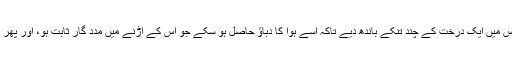
بس یہ دیکھ کر اس نے ایک کاغذ لیا، اور اس میں ایک درخت کے چند تنکے باندھ دیے تاکہ اسے ہوا کا دباؤ حاصل ہو سکے جو اس کے اڑنے میں مدد گار ثابت ہو، اور پھر ایک لمبے دھاگے کی مدد سے اسے اڑا دیا۔